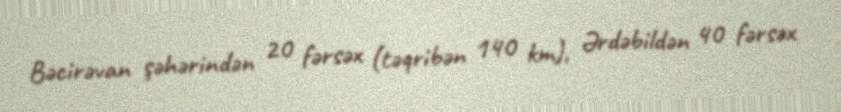
Bəcirəvan şəhərindən 20 fərsəx (təqribən 140 km), Ərdəbildən 40 fərsəx